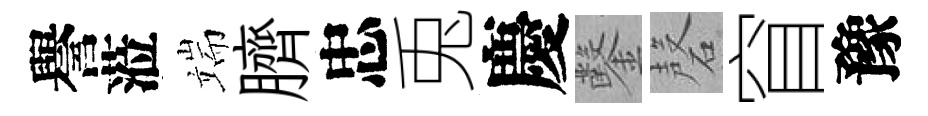
譽蒞端臍忠兎慶鑿磬窅豫